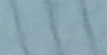
المشوية